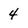
Character: 4